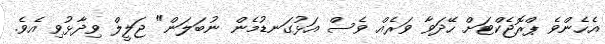
އެހެންވެ ޕްރޮޖެކްޓަށް ހޭދަވާ ވަރެއް ވެސް އަޅުގަނޑުމެން ނުބަލަން" ޖަލީލް ވިދާޅުވި އެވެ.